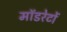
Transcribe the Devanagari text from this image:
मॉडरेटों